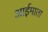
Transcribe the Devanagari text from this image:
आईमाता